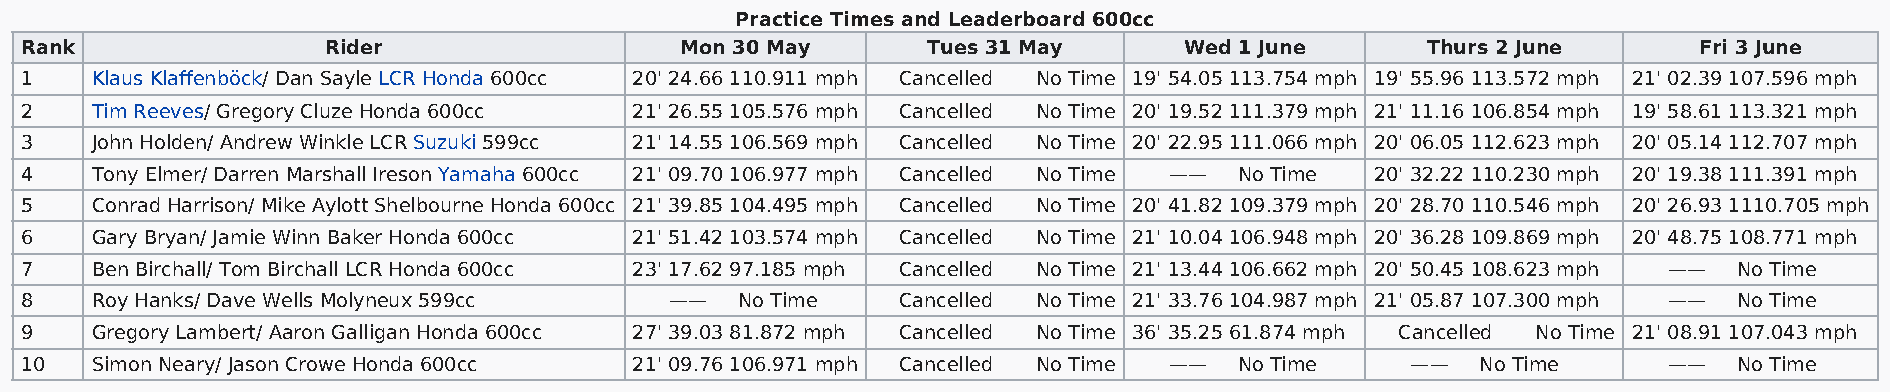
Practice Times and Leaderboard 600cc
 Rank                 Rider                  Mon 30 May      Tues 31 May      Wed 1 June      Thurs 2 June      Fri 3 June
 1    Klaus Klaffenböck/ Dan Sayle LCR Honda 600cc 20' 24.66 110.911 mph Cancelled No Time 19' 54.05 113.754 mph 19' 55.96 113.572 mph 21' 02.39 107.596 mph
 2    Tim Reeves/ Gregory Cluze Honda 600cc 21' 26.55 105.576 mph Cancelled No Time 20' 19.52 111.379 mph 21' 11.16 106.854 mph 19' 58.61 113.321 mph
 3    John Holden/ Andrew Winkle LCR Suzuki 599cc 21' 14.55 106.569 mph Cancelled No Time 20' 22.95 111.066 mph 20' 06.05 112.623 mph 20' 05.14 112.707 mph
 4    Tony Elmer/ Darren Marshall Ireson Yamaha 600cc 21' 09.70 106.977 mph Cancelled No Time —— No Time 20' 32.22 110.230 mph 20' 19.38 111.391 mph
 5    Conrad Harrison/ Mike Aylott Shelbourne Honda 600cc 21' 39.85 104.495 mph Cancelled No Time 20' 41.82 109.379 mph 20' 28.70 110.546 mph 20' 26.93 1110.705 mph
 6    Gary Bryan/ Jamie Winn Baker Honda 600cc 21' 51.42 103.574 mph Cancelled No Time 21' 10.04 106.948 mph 20' 36.28 109.869 mph 20' 48.75 108.771 mph
 7    Ben Birchall/ Tom Birchall LCR Honda 600cc 23' 17.62 97.185 mph Cancelled No Time 21' 13.44 106.662 mph 20' 50.45 108.623 mph —— No Time
 8    Roy Hanks/ Dave Wells Molyneux 599cc  ——   No Time   Cancelled No Time 21' 33.76 104.987 mph 21' 05.87 107.300 mph —— No Time
 9    Gregory Lambert/ Aaron Galligan Honda 600cc 27' 39.03 81.872 mph Cancelled No Time 36' 35.25 61.874 mph Cancelled No Time 21' 08.91 107.043 mph
 10   Simon Neary/ Jason Crowe Honda 600cc 21' 09.76 106.971 mph Cancelled No Time —— No Time ——  No Time     ——   No Time